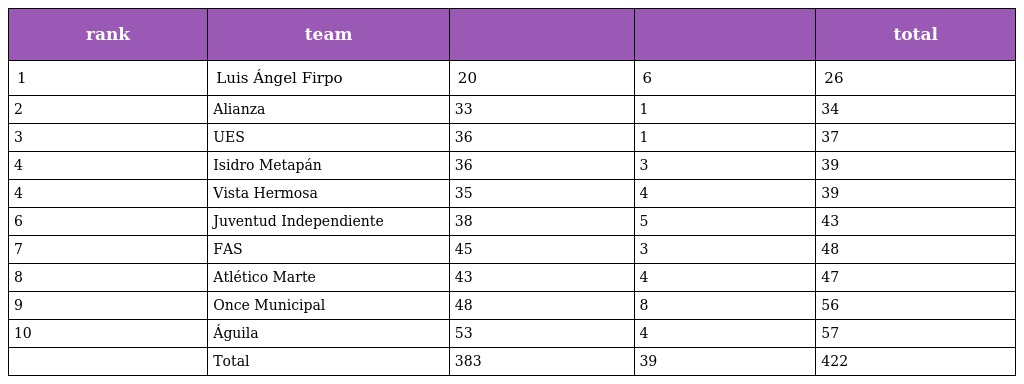
| rank | team |  |  | total |
 | --- | --- | --- | --- | --- |
 | 1 | Luis Ángel Firpo | 20 | 6 | 26 |
 | 2 | Alianza | 33 | 1 | 34 |
 | 3 | UES | 36 | 1 | 37 |
 | 4 | Isidro Metapán | 36 | 3 | 39 |
 | 4 | Vista Hermosa | 35 | 4 | 39 |
 | 6 | Juventud Independiente | 38 | 5 | 43 |
 | 7 | FAS | 45 | 3 | 48 |
 | 8 | Atlético Marte | 43 | 4 | 47 |
 | 9 | Once Municipal | 48 | 8 | 56 |
 | 10 | Águila | 53 | 4 | 57 |
 |  | Total | 383 | 39 | 422 |